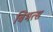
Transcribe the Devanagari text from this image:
बिभत्स